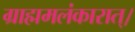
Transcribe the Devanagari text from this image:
ग्राह्ममलंकारात्।